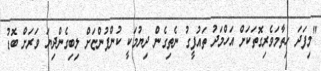
"މިފަދަ ހިތާމަވެރިގޮތަކަށް އަހްމަދު ތައުފީގު ނެތިގެން ދިޔުމަކީ ކުންފުންޏަށް ލިބިގެންދިޔަ ވަރަށް ބޮޑު